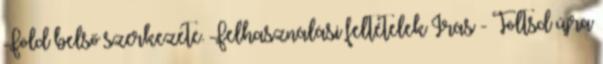
Föld belső szerkezete. Felhasználási feltételek Írás - Töltsd újra